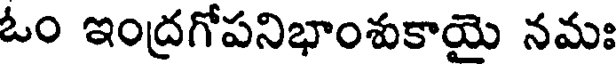
ఓం ఇంద్రగోపనిభాంశుకాయై నమః